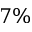
7 \%